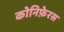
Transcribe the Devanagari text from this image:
कोनिफ़ेरस